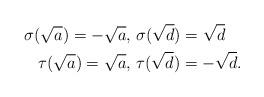
LaTeX: \begin{align*} \sigma(\sqrt{a})=-\sqrt{a},\ &\sigma(\sqrt{d})=\sqrt{d}\\ \tau(\sqrt{a})=\sqrt{a},\ &\tau(\sqrt{d})=-\sqrt{d}.\end{align*}